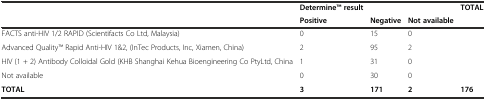
<table><thead><tr><td rowspan="2"></td><td><b>DetermineTM result</b></td><td></td><td></td><td><b>TOTAL</b></td></tr><tr><td><b>Positive</b></td><td><b>Negative</b></td><td><b>Not available</b></td><td></td></tr></thead><tbody><tr><td>FACTS anti-HIV 1/2 RAPID (Scientifacts Co Ltd, Malaysia)</td><td>0</td><td>15</td><td>0</td><td></td></tr><tr><td>Advanced QualityTM Rapid Anti-HIV 1&amp;2, (InTec Products, Inc, Xiamen, China)</td><td>2</td><td>95</td><td>2</td><td></td></tr><tr><td>HIV (1 + 2) Antibody Colloidal Gold (KHB Shanghai Kehua Bioengineering Co PtyLtd, China</td><td>1</td><td>31</td><td>0</td><td></td></tr><tr><td>Not available</td><td>0</td><td>30</td><td>0</td><td></td></tr><tr><td><b>TOTAL</b></td><td><b>3</b></td><td><b>171</b></td><td><b>2</b></td><td><b>176</b></td></tr></tbody></table>